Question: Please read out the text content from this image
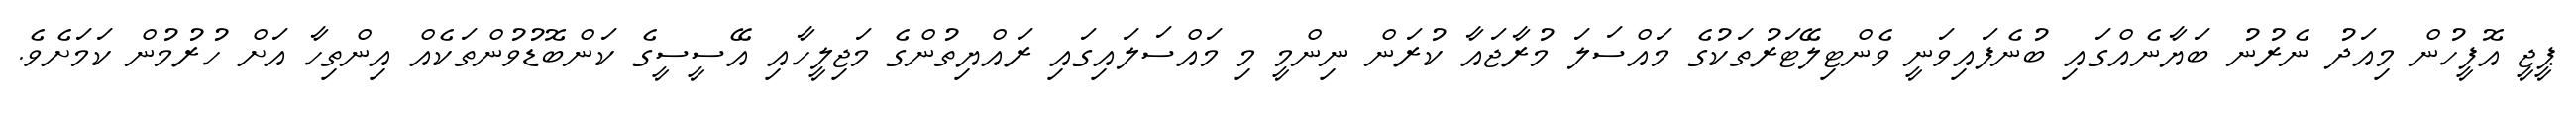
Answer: ޕީޖީ އޮފީހުން މިއަދު ނެރުނު ބަޔާނެއްގައި ބުނެފައިވަނީ ވެންޓިލޭޓަރުތަކުގެ މައްސަލަ މުރާޖައާ ކުރަން ނިންމީ މި މައްސަލައިގައި ރައްޔިތުންގެ މަޖިލީހާއި އޭސީސީގެ ކަންބޮޑުވުންތަކެއް އިންތިހާ އަށް ހުރުމުން ކަމަށެވެ.